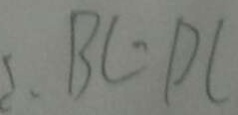
B C \cdot D C